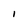
Character: I